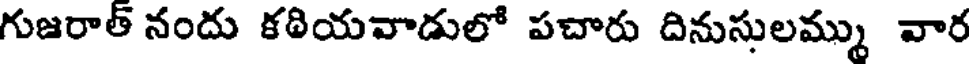
గుజరాత్ నందు కఠియవాడులో పచారు దినుసులమ్ము వార